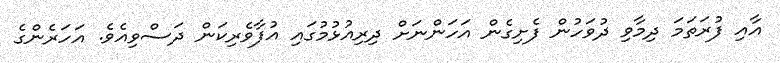
އާއި ފުރަތަމަ ދިމާވި ދުވަހުން ފެށިގެން އަހަންނަށް ދިރިއުޅުމުގައި އުފާވެރިކަން ދަސްވިއެވެ. އަހަރެންގެ